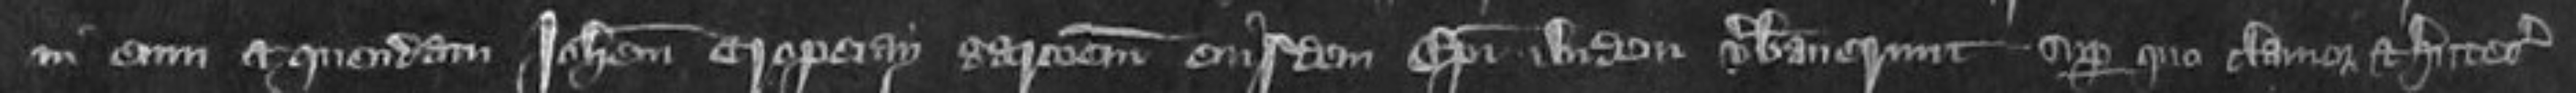
in eum et quendam Johannem Cropeiay garcionem eiusdem Episcopi ibidem verberaverunt super quo clamor et hutesia